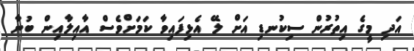
އަދި މީގެ އިތުރުން ސިކުނޑި އަށް ލޭ އެޅިފައިވާ ކަމަށްވެސް އާއިލާއިން ބުނާ